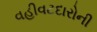
વહીવટદારોની